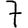
Digit: 7